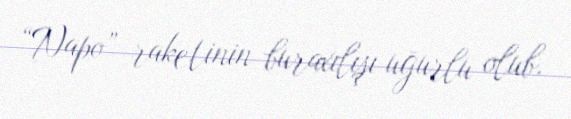
“Napo” raketinin buraxılışı uğurlu olub.